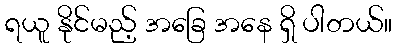
ရယူ နိုင်မည့် အခြေ အနေ ရှိ ပါတယ်။